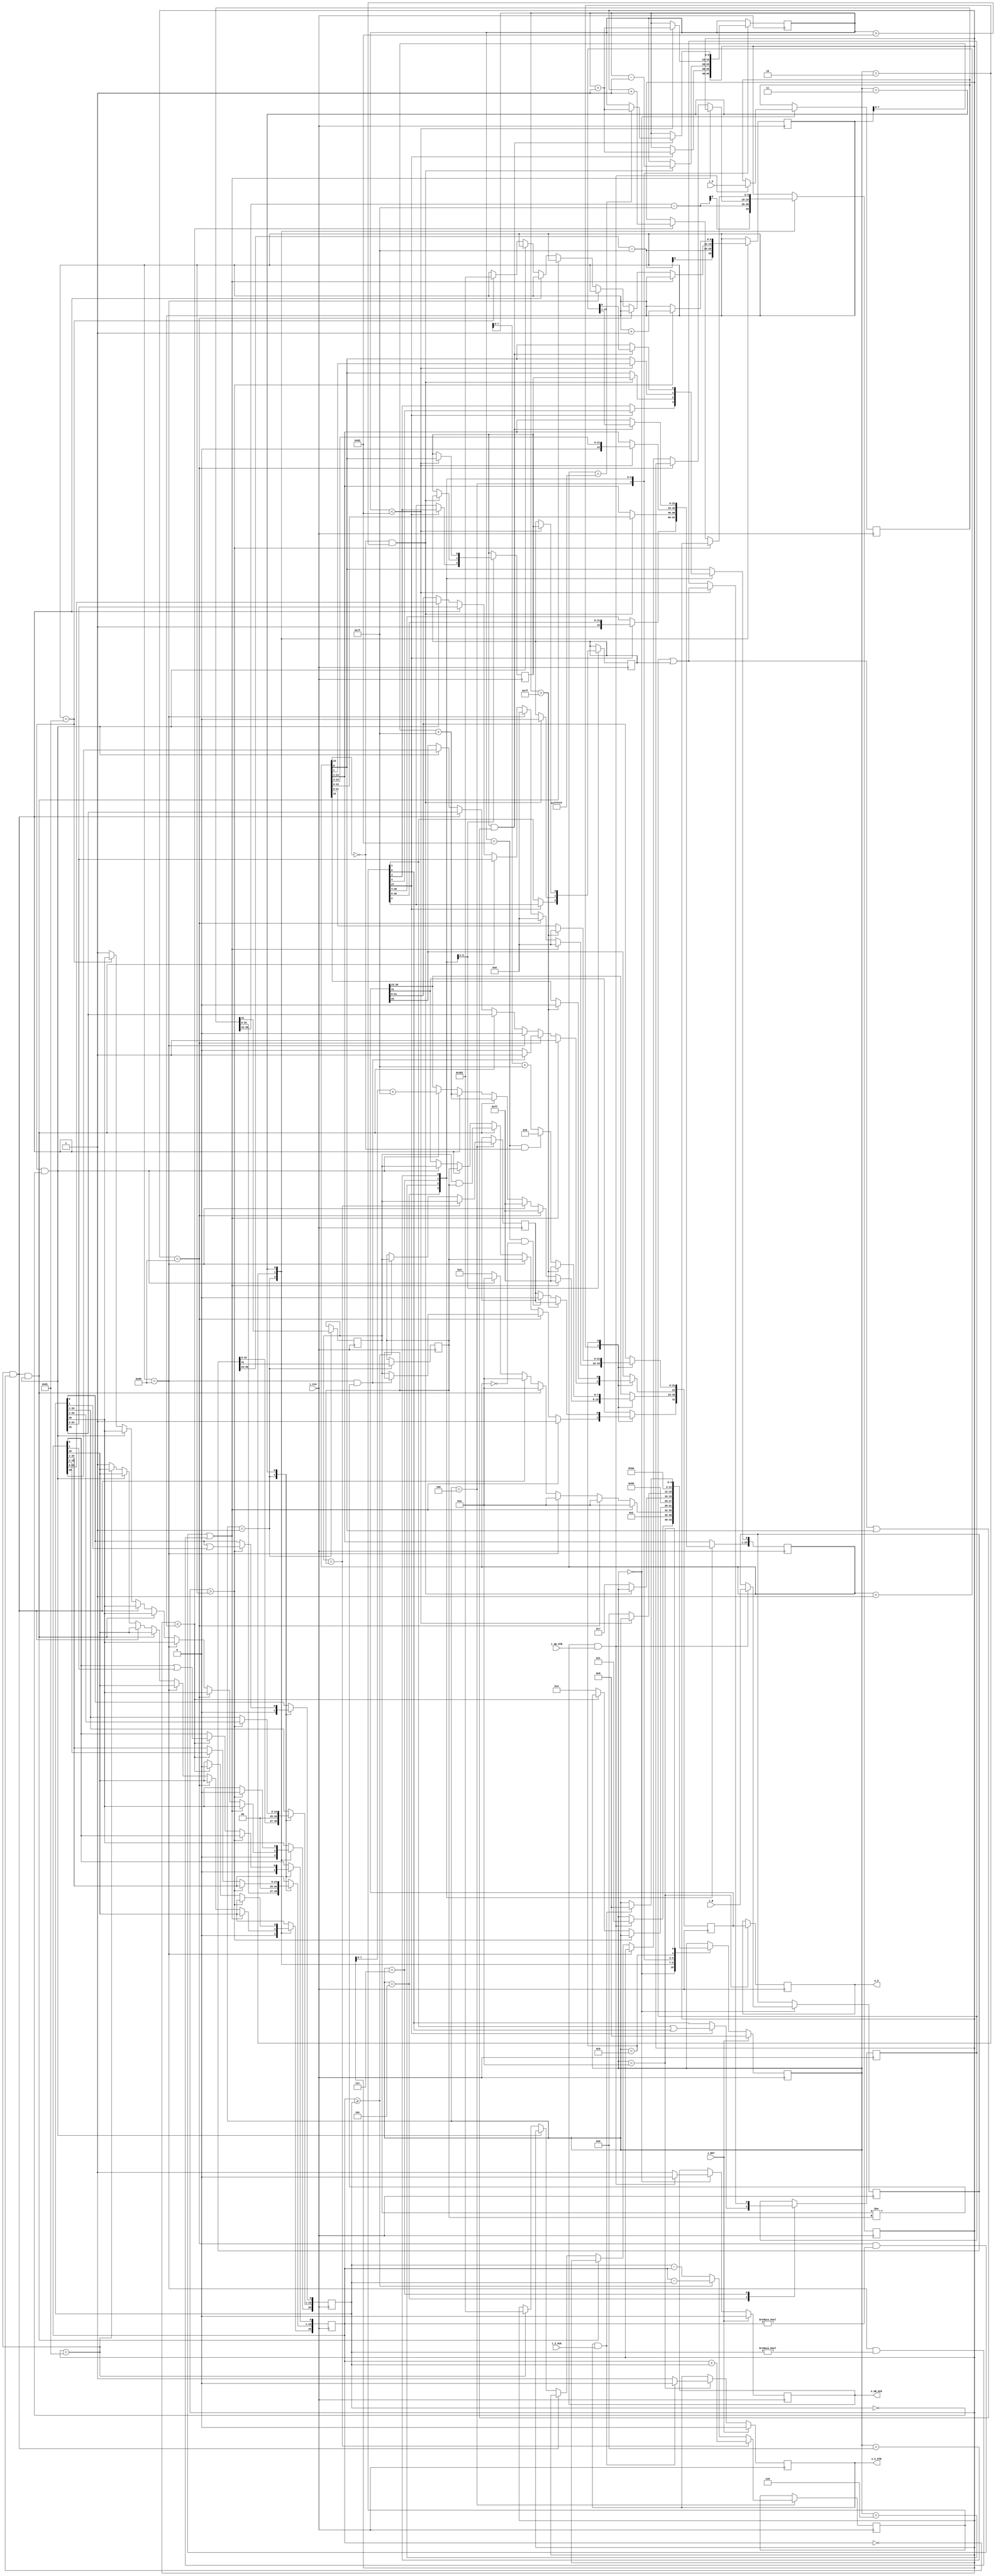
//IEEE Floating Point Adder (Single Precision)
//Copyright (C) Jonathan P Dawson 2013
//2013-12-12
// A+B => Z
module float_adder(
  input [31:0] i_A, // input a
  input [31:0] i_B, // input b
  input i_AB_STB, // input data is valid
  output reg o_AB_ACK, // A flag that next calculation is ready
  output reg [31:0] o_Z,  // output data
  output reg o_Z_STB, // Calculation is done, and output data is valid
  input i_Z_ACK, // A flag that external module get data, so, o_Z is going to meaningless
  // it can be used as elongating o_Z_STB High (1)
  input i_CLK, // clock
  input i_RST // reset activate High(1)(asynchronous)
  );
  // CHANGED: remove state get_b
  reg       [3:0] state;
  parameter get_ab         = 4'd0,
            unpack        = 4'd1,
            special_cases = 4'd2,
            align         = 4'd3,
            add_0         = 4'd4,
            add_1         = 4'd5,
            normalise_1   = 4'd6,
            normalise_2   = 4'd7,
            round         = 4'd8,
            pack          = 4'd9,
            put_z         = 4'd10;

  reg       [31:0] a, b, z;
  reg       [26:0] a_m, b_m;
  reg       [23:0] z_m;
  reg       [9:0] a_e, b_e, z_e;
  reg       a_s, b_s, z_s;
  reg       guard, round_bit, sticky;
  reg       [27:0] sum;

  always @(posedge i_CLK)
  begin
    case(state)
      get_ab:
      begin
        o_AB_ACK <= 1;
		    if (o_AB_ACK && i_AB_STB) begin
          a <= i_A;
			    b <= i_B;
          o_AB_ACK <= 0;
          state <= unpack;
        end
      end

      unpack:
      begin
        a_m <= {a[22 : 0], 3'd0};
        b_m <= {b[22 : 0], 3'd0};
        a_e <= a[30 : 23] - 127;
        b_e <= b[30 : 23] - 127;
        a_s <= a[31];
        b_s <= b[31];
        state <= special_cases;
      end

      special_cases:
      begin
        //if a is NaN or b is NaN return NaN
        if ((a_e == 128 && a_m != 0) || (b_e == 128 && b_m != 0)) begin
          z[31] <= 1;
          z[30:23] <= 255;
          z[22] <= 1;
          z[21:0] <= 0;
          state <= put_z;
        //if a is inf return inf
        end else if (a_e == 128) begin
          z[31] <= a_s;
          z[30:23] <= 255;
          z[22:0] <= 0;
          //if a is inf and signs don't match return nan
          if ((b_e == 128) && (a_s != b_s)) begin
              z[31] <= b_s;
              z[30:23] <= 255;
              z[22] <= 1;
              z[21:0] <= 0;
          end
          state <= put_z;
        //if b is inf return inf
        end else if (b_e == 128) begin
          z[31] <= b_s;
          z[30:23] <= 255;
          z[22:0] <= 0;
          state <= put_z;
        //if a is zero return b
        end else if ((($signed(a_e) == -127) && (a_m == 0)) && (($signed(b_e) == -127) && (b_m == 0))) begin
          z[31] <= a_s & b_s;
          z[30:23] <= b_e[7:0] + 127;
          z[22:0] <= b_m[26:3];
          state <= put_z;
        //if a is zero return b
        end else if (($signed(a_e) == -127) && (a_m == 0)) begin
          z[31] <= b_s;
          z[30:23] <= b_e[7:0] + 127;
          z[22:0] <= b_m[26:3];
          state <= put_z;
        //if b is zero return a
        end else if (($signed(b_e) == -127) && (b_m == 0)) begin
          z[31] <= a_s;
          z[30:23] <= a_e[7:0] + 127;
          z[22:0] <= a_m[26:3];
          state <= put_z;
        end else begin
          //Denormalised Number
          if ($signed(a_e) == -127) begin
            a_e <= -126;
          end else begin
            a_m[26] <= 1;
          end
          //Denormalised Number
          if ($signed(b_e) == -127) begin
            b_e <= -126;
          end else begin
            b_m[26] <= 1;
          end
          state <= align;
        end
      end

      align:
      begin
        if ($signed(a_e) > $signed(b_e)) begin
          b_e <= b_e + 1;
          b_m <= b_m >> 1;
          b_m[0] <= b_m[0] | b_m[1];
        end else if ($signed(a_e) < $signed(b_e)) begin
          a_e <= a_e + 1;
          a_m <= a_m >> 1;
          a_m[0] <= a_m[0] | a_m[1];
        end else begin
          state <= add_0;
        end
      end

      add_0:
      begin
        z_e <= a_e;
        if (a_s == b_s) begin
          sum <= a_m + b_m;
          z_s <= a_s;
        end else begin
          if (a_m >= b_m) begin
            sum <= a_m - b_m;
            z_s <= a_s;
          end else begin
            sum <= b_m - a_m;
            z_s <= b_s;
          end
        end
        state <= add_1;
      end

      add_1:
      begin
        if (sum[27]) begin
          z_m <= sum[27:4];
          guard <= sum[3];
          round_bit <= sum[2];
          sticky <= sum[1] | sum[0];
          z_e <= z_e + 1;
        end else begin
          z_m <= sum[26:3];
          guard <= sum[2];
          round_bit <= sum[1];
          sticky <= sum[0];
        end
        state <= normalise_1;
      end

      normalise_1:
      begin
        if (z_m[23] == 0 && $signed(z_e) > -126) begin
          z_e <= z_e - 1;
          z_m <= z_m << 1;
          z_m[0] <= guard;
          guard <= round_bit;
          round_bit <= 0;
        end else begin
          state <= normalise_2;
        end
      end

      normalise_2:
      begin
        if ($signed(z_e) < -126) begin
          z_e <= z_e + 1;
          z_m <= z_m >> 1;
          guard <= z_m[0];
          round_bit <= guard;
          sticky <= sticky | round_bit;
        end else begin
          state <= round;
        end
      end

      round:
      begin
        if (guard && (round_bit | sticky | z_m[0])) begin
          z_m <= z_m + 1;
          if (z_m == 24'hffffff) begin
            z_e <=z_e + 1;
          end
        end
        state <= pack;
      end

      pack:
      begin
        z[22 : 0] <= z_m[22:0];
        z[30 : 23] <= z_e[7:0] + 127;
        z[31] <= z_s;
        if ($signed(z_e) == -126 && z_m[23] == 0) begin
          z[30 : 23] <= 0;
        end
        if ($signed(z_e) == -126 && z_m[23:0] == 24'h0) begin
          z[31] <= 1'b0; // FIX SIGN BUG: -a + a = +0.
        end
        //if overflow occurs, return inf
        if ($signed(z_e) > 127) begin
          z[22 : 0] <= 0;
          z[30 : 23] <= 255;
          z[31] <= z_s;
        end
        state <= put_z;
      end

      put_z:
      begin
        // TODO : keep stb flag one clock
        o_Z_STB <= 1;
        o_Z <= z;
        if (o_Z_STB && i_Z_ACK) begin
          o_Z_STB <= 0;
          state <= get_ab;
        end
      end
    endcase

    if (i_RST == 1) begin
      state <= get_ab;
      o_AB_ACK <= 0;
      o_Z_STB <= 0;
    end
  end
endmodule